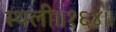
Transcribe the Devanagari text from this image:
स्थली॥१६४॥